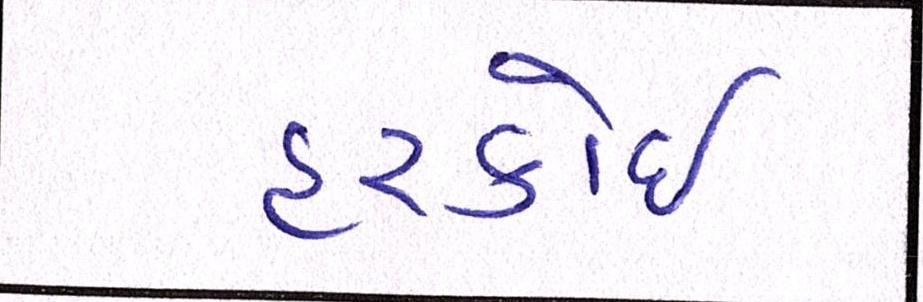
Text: હરકોઈ